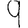
Digit: 9